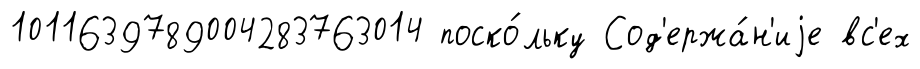
1011639789004283763014 поско́льку Сод'ержа́н'иjе вс'ех